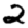
Digit: 2